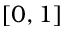
[ 0 , 1 ]